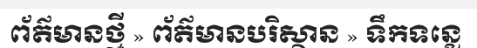
ព័ត៌មានថ្មី » ព័ត៌មានបរិស្ថាន » ទឹកទន្លេ